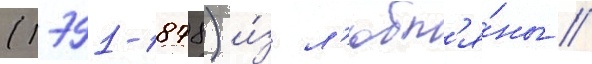
(1791-1878) и́з л'юбл'я́ны //